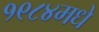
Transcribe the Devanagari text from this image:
१९८४मधे